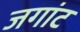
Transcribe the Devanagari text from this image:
जगांट